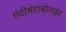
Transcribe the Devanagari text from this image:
एंटीमेटाबोलाईट